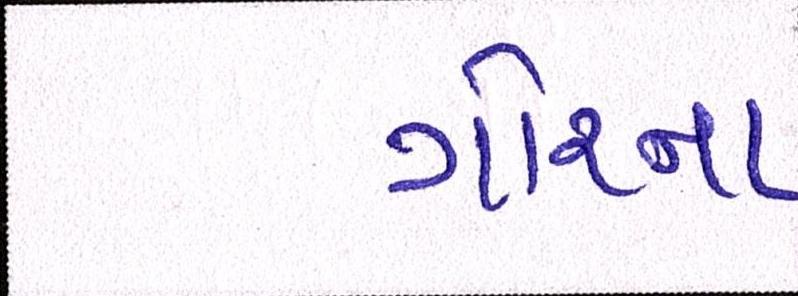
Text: ગોરના